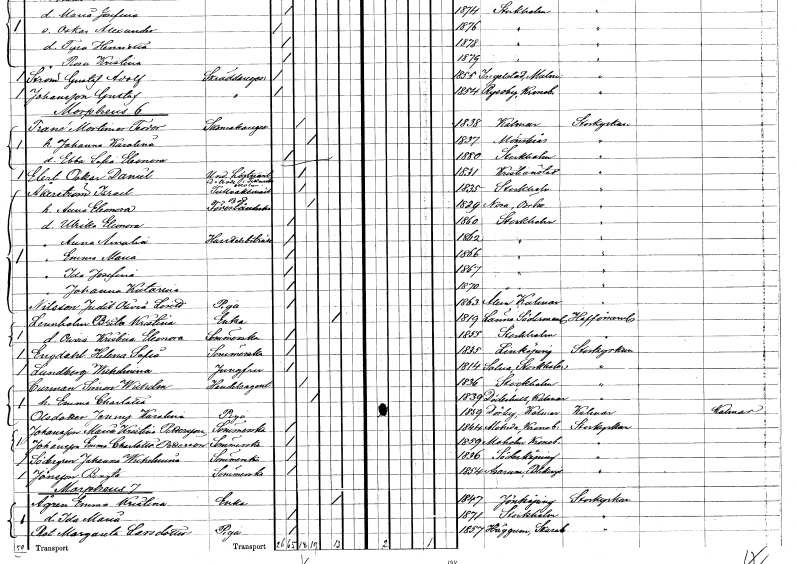
gt_parse: households: individuals: FN: Mortimer Teodor
EN: Trané
YRKE: Skomakaregesäll
KON: M
CIV: G
FODAR: 1838
FODFORS: Kalmar Kalmar län
FN: Johanna Karolina
KON: K
CIV: G
FODAR: 1857
FODFORS: Mönsterås Kalmar län
FN: Ebba Sofia Eleonora
YRKE: Biträde till sakförare
KON: K
CIV: O
FODAR: 1880
FODFORS: Stockholm
FN: Oskar Daniel
EN: Elert
YRKE: Underlöjtnant
KON: M
CIV: O
FODAR: 1831
FODFORS: Kristianstad Kristianstads län
FN: Israel
EN: Åkerström
YRKE: Tullvaktmästare
KON: M
CIV: G
FODAR: 1835
FODFORS: Stockholm
FN: Anna Eleonora
YRKE: Förestånderska
KON: K
CIV: G
FODAR: 1829
FODFORS: Nora Örebro län
FN: Ulrika Eleonora
KON: K
CIV: O
FODAR: 1860
FODFORS: Stockholm
FN: Anna Amalia
YRKE: Handelsbiträde
KON: K
CIV: O
FODAR: 1862
FODFORS: Stockholm
FN: Emma Maria
KON: K
CIV: O
FODAR: 1866
FODFORS: Stockholm
FN: Ida Josefina
KON: K
CIV: O
FODAR: 1867
FODFORS: Stockholm
FN: Johanna Katarina
KON: K
CIV: O
FODAR: 1870
FODFORS: Stockholm
FN: Judit Olivia
EN: Nilsson Lind
YRKE: Piga
KON: K
CIV: O
FODAR: 1863
FODFORS: Ålem Kalmar län
FN: Brita Kristina
EN: Lennholm
YRKE: Änka
KON: K
CIV: E
FODAR: 1819
FODFORS: Länna Södermanlands län
FN: Olivia Kristina Eleonora
YRKE: Sömmerska
KON: K
CIV: O
FODAR: 1855
FODFORS: Stockholm
FN: Helena Sofia
EN: Engdahl
YRKE: Sömmerska
KON: K
CIV: O
FODAR: 1835
FODFORS: Linköping Östergötlands län
FN: Wilhelmina
EN: Lundberg
YRKE: Jungfru
KON: K
CIV: O
FODAR: 1814
FODFORS: Solna Stockholms län
FN: Simon Wilhelm
EN: Curman
YRKE: Handelsagent
KON: M
CIV: G
FODAR: 1836
FODFORS: Stockholm
FN: Emma Charlotta
KON: K
CIV: G
FODAR: 1839
FODFORS: Döderhult Kalmar län
FN: Jenny Karolina
EN: Olsdotter
YRKE: Piga
KON: K
CIV: O
FODAR: 1859
FODFORS: Dörby Kalmar län
FN: Maria Kristina
EN: Johansson Pettersson
YRKE: Sömmerska
KON: K
CIV: O
FODAR: 1844
FODFORS: Moheda Kronobergs län
FN: Emma Charlotta
EN: Johansson Pettersson
YRKE: Sömmerska
KON: K
CIV: O
FODAR: 1859
FODFORS: Moheda Kronobergs län
FN: Johanna Wilhelmina
EN: Södergren
YRKE: Sömmerska
KON: K
CIV: O
FODAR: 1836
FODFORS: Söderköping Östergötlands län
FN: Bengta
EN: Jönsson
YRKE: Sömmerska
KON: K
CIV: O
FODAR: 1854
FODFORS: Asarum Blekinge län
FN: Emma Kristina
EN: Ågren
YRKE: Änka
KON: K
CIV: E
FODAR: 1847
FODFORS: Jönköping Jönköpings län
FN: Ida Maria
KON: K
CIV: O
FODAR: 1871
FODFORS: Stockholm
FN: Margareta
EN: Rot Larsdotter
YRKE: Piga
KON: K
CIV: O
FODAR: 1857
FODFORS: Häggum Skaraborgs län